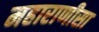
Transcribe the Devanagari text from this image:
महाराणीसा